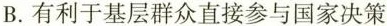
B.有利于基层群众直接参与国家决策